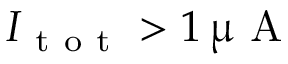
I _ { \mathrm { ~ t ~ o ~ t ~ } } > 1 \, \upmu \mathrm { ~ A ~ }